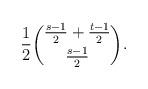
LaTeX: \begin{align*} \frac{1}{2}\binom{\frac{s - 1}{2} + \frac{t - 1}{2}}{\frac{s - 1}{2}}. \end{align*}